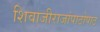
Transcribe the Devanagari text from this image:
शिवाजीराजांपाठोपाठ